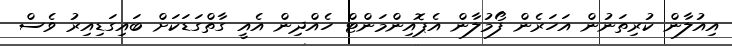
އިއުލާން ކުރިތަނުން އަހަރެން ފޯމުލާން އެޕޮއިންމަންޓް ހެއްދިިން އެއީ ގާތްގަޑަކަށް ބައިގަޑިއިރު ވެސް